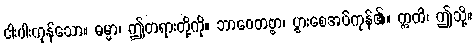
ငါးပါးကုန်သော။ ဓမ္မာ၊ ဤတရားတို့ကို။ ဘာဝေတဗ္ဗာ၊ ပွားစေအပ်ကုန်၏။ ဣတိ၊ ဤသို့။